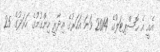
އެއީ އެ ހޮސްޕިޓަލުގެ 2014 ވަނަ އަހަރުގެ އިދާރީ ހިންގުމުގެ ހަރަދުގެ 25